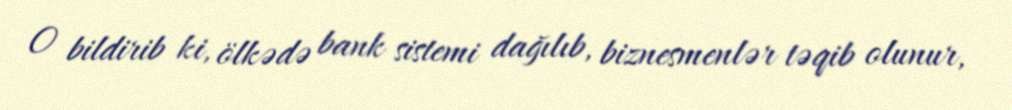
O bildirib ki, ölkədə bank sistemi dağılıb, biznesmenlər təqib olunur,